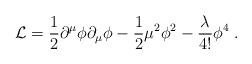
LaTeX: \begin{align*}{\cal L} = {1 \over 2} \partial^\mu \phi \partial_\mu \phi - {1 \over2} \mu^2 \phi^2 - {\lambda \over 4!} \phi^4 \;.\end{align*}